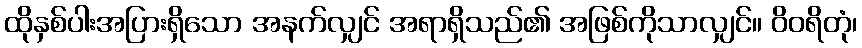
ထိုနှစ်ပါးအပြားရှိသော အနက်လျှင် အရာရှိသည်၏ အဖြစ်ကိုသာလျှင်။ ဝိဝရိတုံ၊